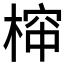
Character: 𱣺